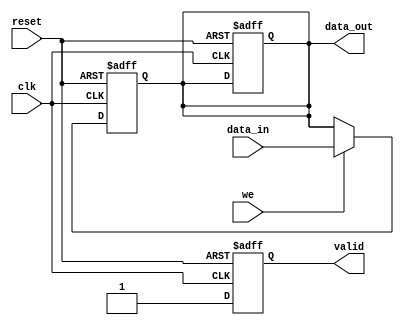
module PipelineBuffer #(parameter N = 8, // Data width (bits)
                        parameter DEPTH = 1) // Buffer depth (number of stages)
(
    input wire clk,                 // Clock input
    input wire reset,               // Asynchronous reset
    input wire we,                  // Write enable signal
    input wire [N-1:0] data_in,     // Input data
    output reg [N-1:0] data_out,    // Output data
    output reg valid                // Output valid signal
);

    // Internal registers for the buffer
    reg [N-1:0] buffer [0:DEPTH-1]; // Array of registers for the buffer

    // Asynchronous reset and data writing
    integer i;
    always @(posedge clk or posedge reset) begin
        if (reset) begin
            // Reset all buffer elements
            for (i = 0; i < DEPTH; i = i + 1) begin
                buffer[i] <= 0;
            end
            valid <= 1'b0; // Output valid is low on reset
            data_out <= 0; // Clear output data on reset
        end else if (we) begin
            // Shift data through the pipeline
            buffer[0] <= data_in; // Load new data into the first stage
            for (i = 1; i < DEPTH; i = i + 1) begin
                buffer[i] <= buffer[i-1]; // Shift data to next stage
            end
            valid <= 1'b1; // Mark the output as valid after writing
        end else begin
            // Data remains the same if write enable is not asserted
            valid <= 1'b1; // Keep the output valid if we are not writing
        end
    end

    // Output the data from the last stage of the buffer
    always @(*) begin
        data_out = buffer[DEPTH-1]; // Output the last stage data
    end

endmodule